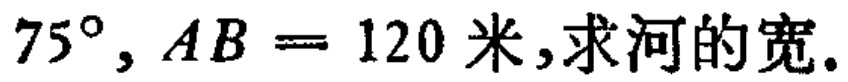
\(75^{\circ},AB = 120\text{米},求河的宽.\)